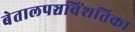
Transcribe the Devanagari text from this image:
बेतालपञ्चविंशतिका